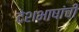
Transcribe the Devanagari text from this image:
देशभाषांची